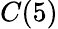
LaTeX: C(5)